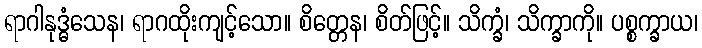
ရာဂါနုဒ္ဓံသေန၊ ရာဂထိုးကျင့်သော။ စိတ္တေန၊ စိတ်ဖြင့်။ သိက္ခံ၊ သိက္ခာကို။ ပစ္စက္ခာယ၊